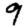
Digit: 9